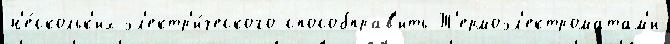
н'е́скольк'их эл'ектр'и́ческого способправ'ить Т'ермоэл'ектроматам'и